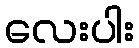
လေးပါး